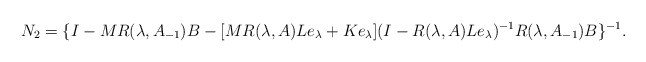
\begin{align*} N_2=\{I-MR(\lambda,A_{-1})B-[MR(\lambda,A)Le_\lambda+Ke_\lambda](I-R(\lambda,A)Le_\lambda)^{-1}R(\lambda,A_{-1})B\}^{-1}.\end{align*}